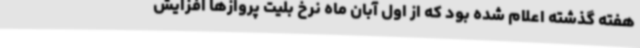
هفته گذشته اعلام شده بود که از اول آبان ماه نرخ بلیت پروازها افزایش